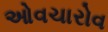
ઓવચારોવ